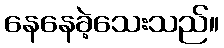
နေနေခဲ့သေးသည်။